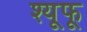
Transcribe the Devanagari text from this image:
श्यूफू